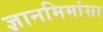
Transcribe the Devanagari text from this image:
ज्ञानमिमांसा